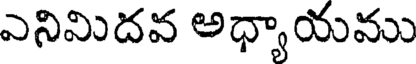
ఎనిమిదవ అధ్యాయము